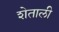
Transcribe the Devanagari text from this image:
शेताली